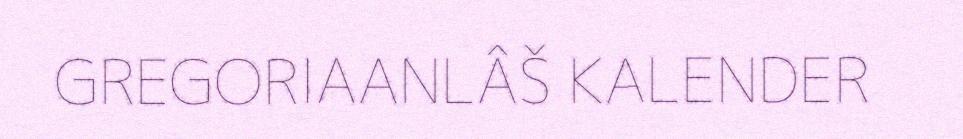
GREGORIAANLÂŠ KALENDER